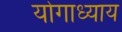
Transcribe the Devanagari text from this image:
योगाध्याय